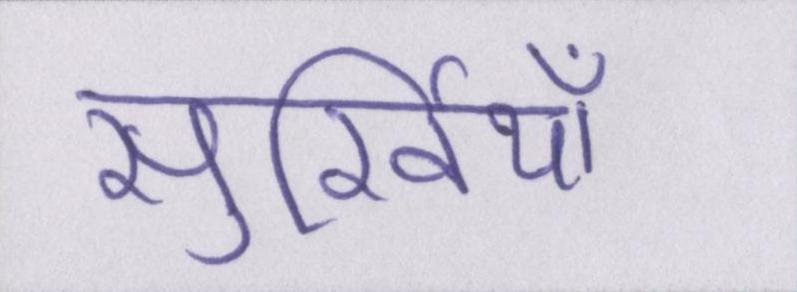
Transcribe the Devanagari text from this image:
सुर्खियाँ